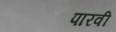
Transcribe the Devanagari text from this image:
पारवी